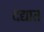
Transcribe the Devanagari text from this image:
दद्यात